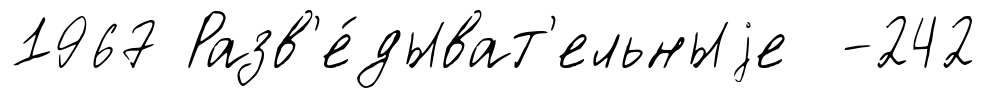
1967 Разв'е́дыват'ельныjе -242